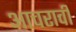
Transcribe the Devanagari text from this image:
आचरावी